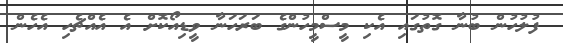
ފުލުހުން ބުނާ ގޮތުގައި އެކި މީސްމީހުންގެ ބަރަހަނާ ވީޑިއޯކޮށް އެ އެއްޗެހި އެހެން